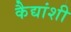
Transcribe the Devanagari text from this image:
कैद्यांशी